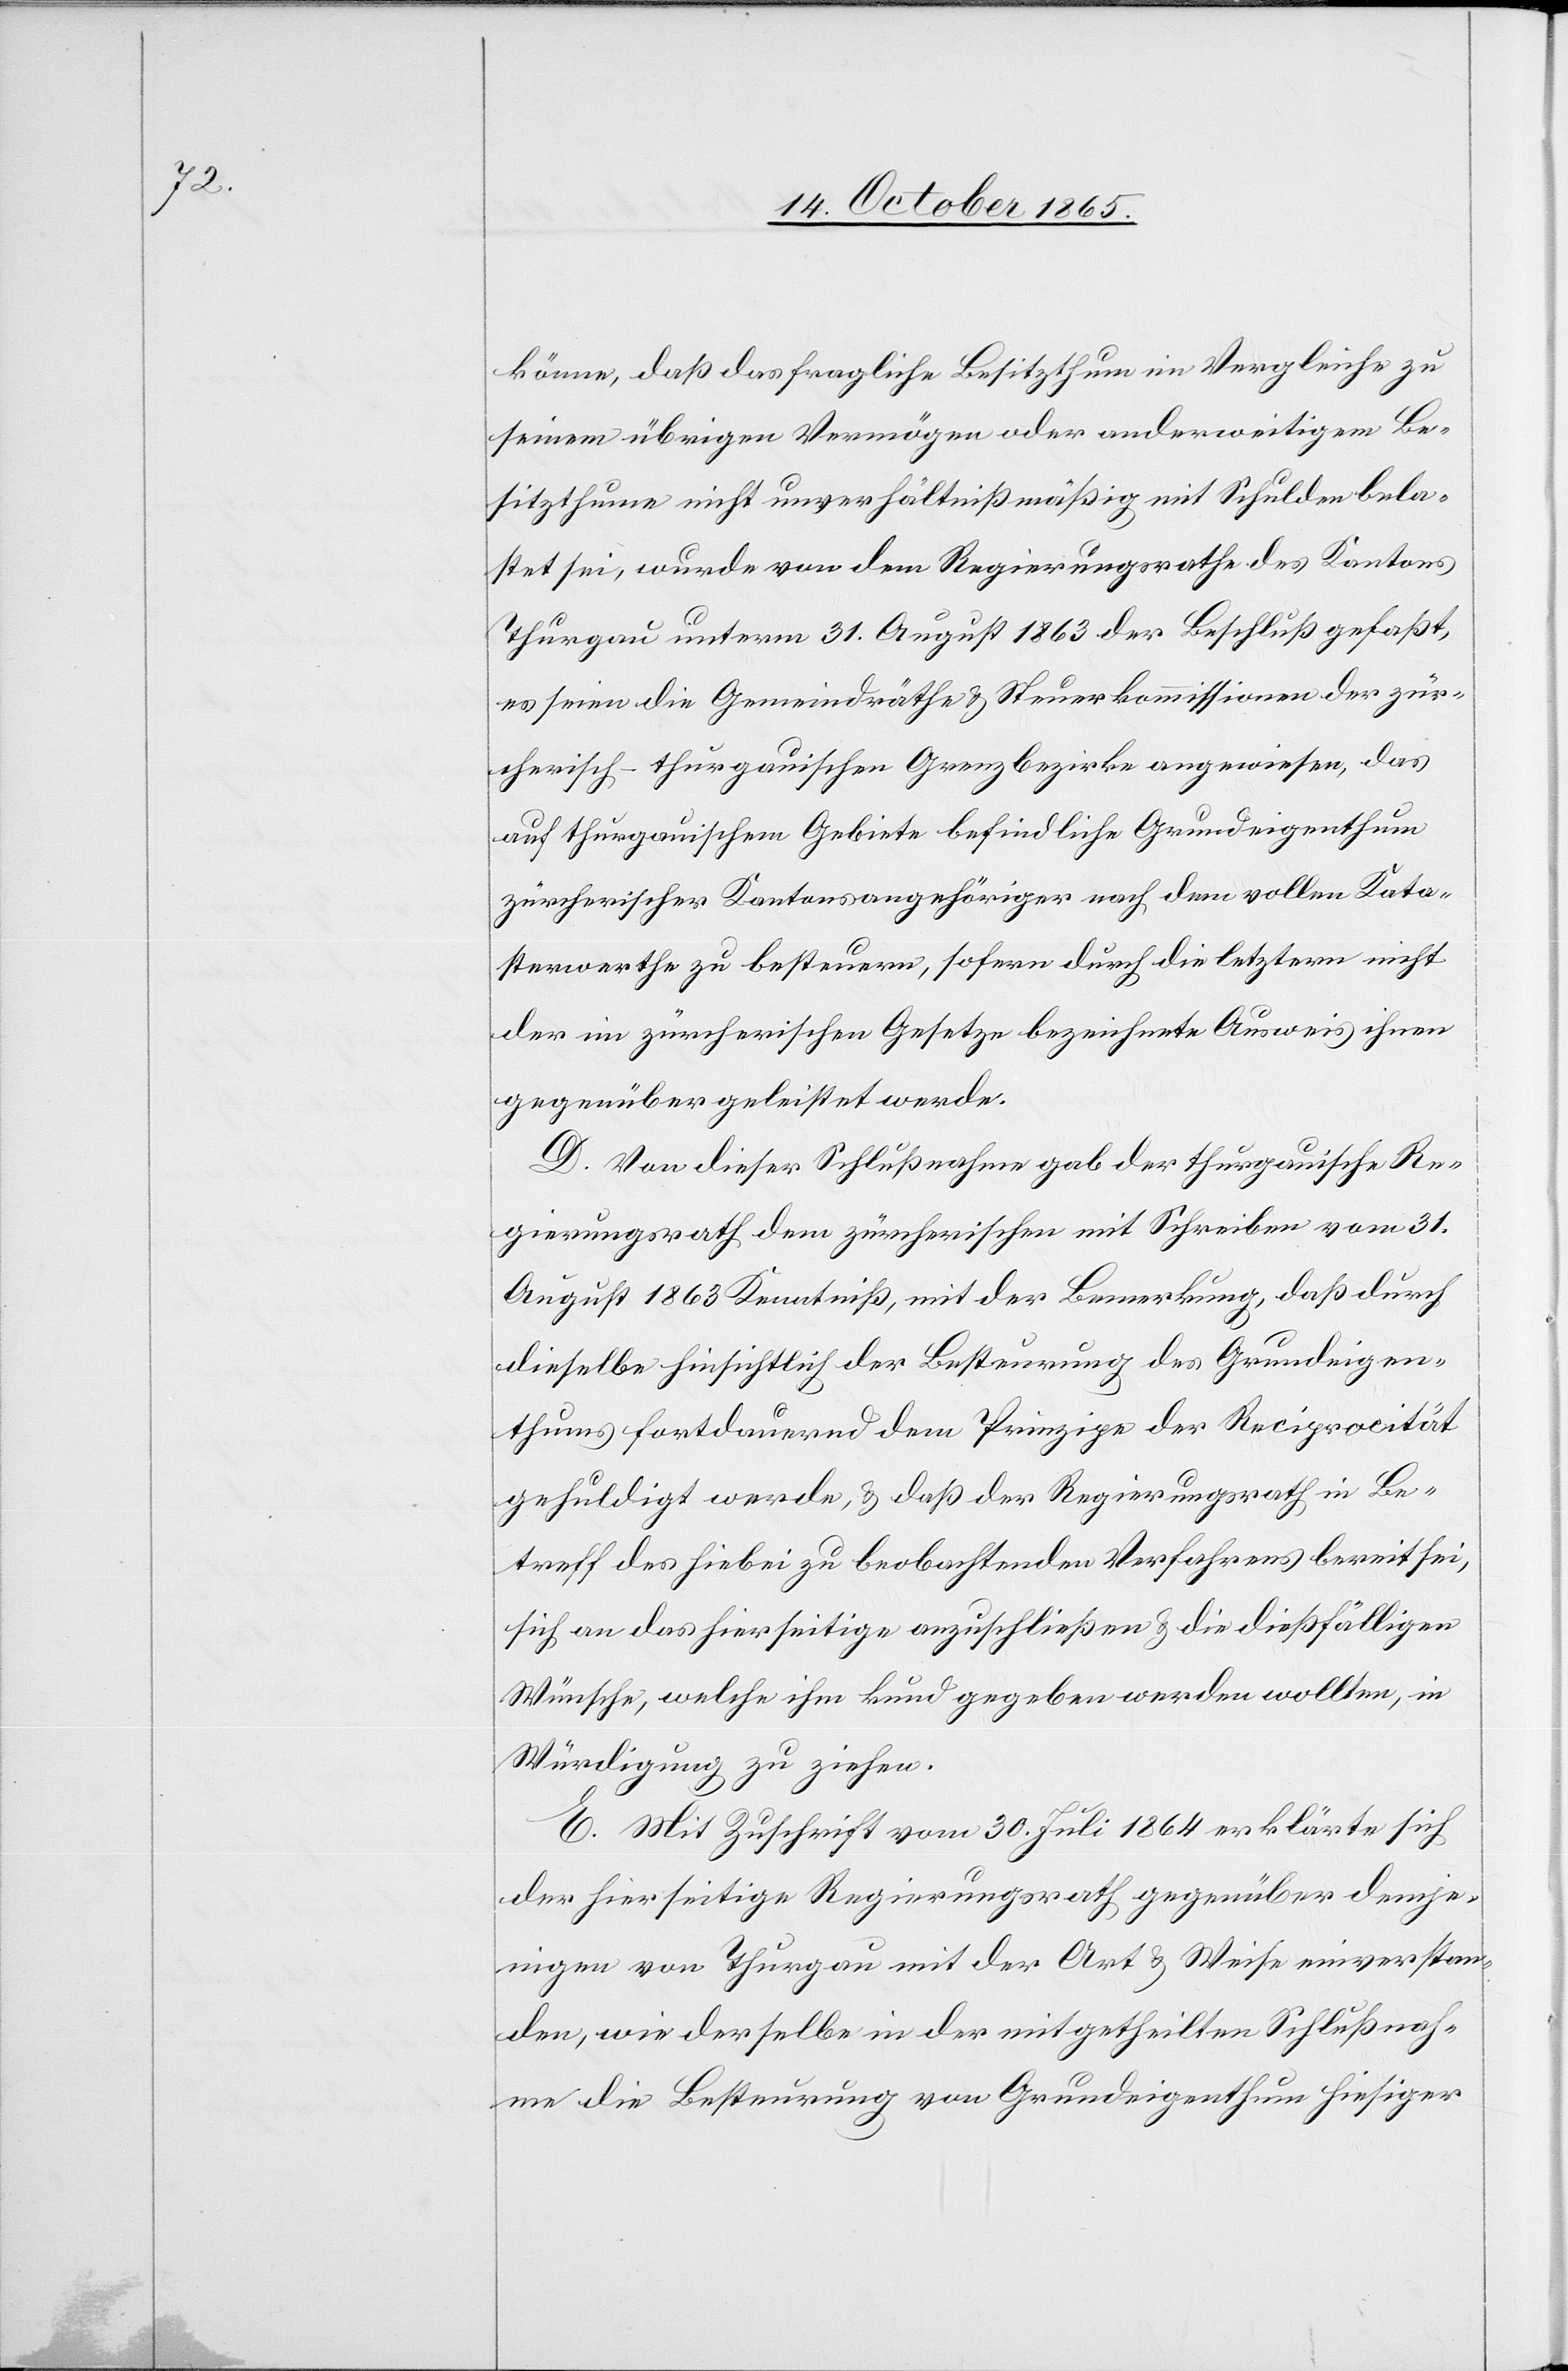
könne, daß das fragliche Besitzthum im Vergleiche zu
seinem übrigen Vermögen oder anderweitigem Be¬
sitzthume nicht unverhältnißmäßig mit Schulden bela¬
stet sei, wurde von dem Regierungsrathe des Kantons
Thurgau unterm 31. August 1863 der Beschluß gefaßt,
es seien die Gemeindräthe & Steuerkommissionen der zür¬
cherisch-thurgauischen Grenzbezirke angewiesen, das
auf thurgauischem Gebiete befindliche Grundeigenthum
zürcherischer Kantonsangehöriger nach dem vollen Kata¬
sterwerthe zu besteuern, sofern durch die letztern nicht
der im zürcherischen Gesetze bezeichnete Ausweis ihnen
gegenüber geleistet werde.
D. Von dieser Schlußnahme gab der thurgauische Re¬
gierungsrath dem zürcherischen mit Schreiben vom 31.
August 1863 Kenntniß, mit der Bemerkung, daß durch
dieselbe hinsichtlich der Besteurung des Grundeigen¬
thums fortdauernd dem Prinzipe der Reciprocität
gehuldigt werde, & daß der Regierungsrath in Be¬
treff des hiebei zu beobachtenden Verfahrens bereit sei,
sich an das hierseitige anzuschließen & die dießfälligen
Wünsche, welche ihm kund gegeben werden wollten, in
Würdigung zu ziehen.
E. Mit Zuschrift vom 30. Juli 1864 erklärte sich
der hierseitige Regierungsrath gegenüber demje¬
nigen von Thurgau mit der Art & Weise einverstan¬
den, wie derselbe in der mitgetheilten Schlußnah¬
me die Besteurung von Grundeigenthum hiesiger